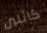
كاثلين